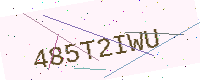
Text: 485T2IWU